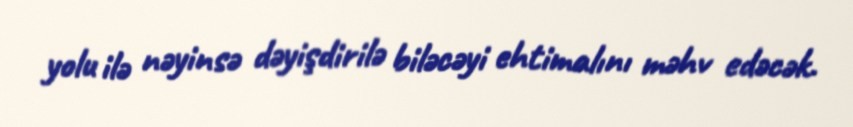
yolu ilə nəyinsə dəyişdirilə biləcəyi ehtimalını məhv edəcək.